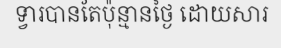
ទ្វារបានតែប៉ុន្មានថ្ងៃ ដោយសារ